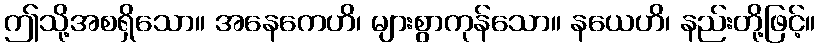
ဤသို့အစရှိသော။ အနေကေဟိ၊ များစွာကုန်သော။ နယေဟိ၊ နည်းတို့ဖြင့်။